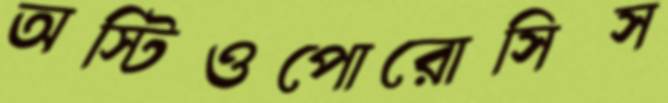
অস্টিওপোরোসিস